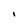
Character: I